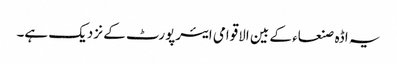
یہ اڈہ صنعاء کے بین الاقوامی ایئرپورٹ کے نزدیک ہے۔